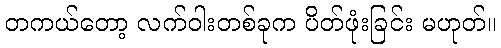
တကယ်တော့ လက်ဝါးတစ်ခုက ပိတ်ဖုံးခြင်း မဟုတ်။